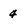
Character: 4